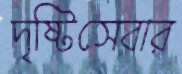
দৃষ্টিসেবার